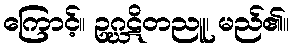
ကြောင့်။ ဥဂ္ဃဋိတညူ၊ မည်၏။